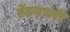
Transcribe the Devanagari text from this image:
ऐंठनभरी